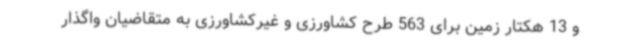
و 13 هکتار زمین برای 563 طرح کشاورزی و غیرکشاورزی به متقاضیان واگذار